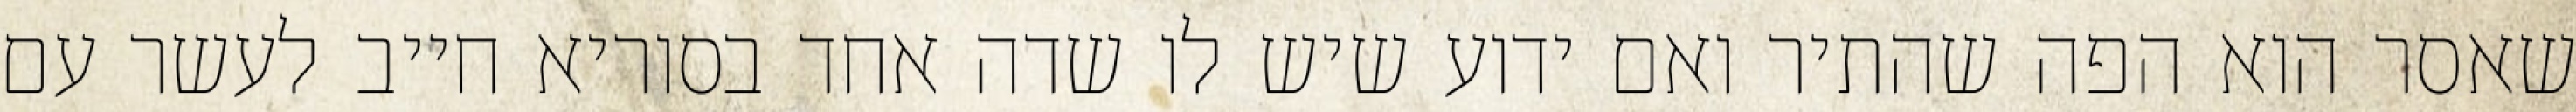
שאסר הוא הפה שהתיר ואם ידוע שיש לו שדה אחד בסוריא חייב לעשר עם